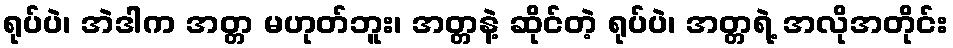
ရုပ်ပဲ၊ အဲဒါက အတ္တ မဟုတ်ဘူး၊ အတ္တနဲ့ ဆိုင်တဲ့ ရုပ်ပဲ၊ အတ္တရဲ့ အလိုအတိုင်း